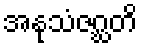
အနုသံဇဂ္ဃတိ